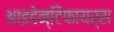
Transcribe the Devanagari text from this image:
आइडेन्टिफायर्स